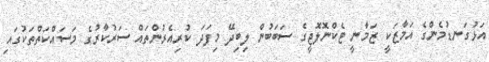
އަޅުގަނޑުމެންގެ އަމާޒަކީ ޒަމާނީ ޓެކްނޮލޮޖީގެ ސަބަބުން ލިބިދޭ މިފަދަ ކުރިއެރުންތައް ސަރުކާރުގެ މަސައްކަތްތަކުގައި